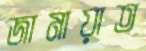
জামায়াত